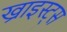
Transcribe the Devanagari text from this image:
ख्राइस्ट्स